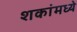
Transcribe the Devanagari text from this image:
शकांमध्ये